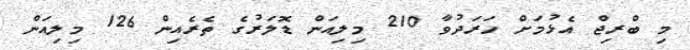
މި ބްރިޖް އެޅުމަށް ހަރަދުވާ 210 މިލިއަން ޑޮލަރުގެ ތެރެއިން 126 މިލިއަން